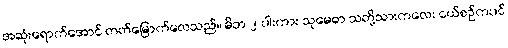
အဆုံးရောက်အောင် တတ်မြောက်လေသည်။ မိဘ ၂ ပါးကား သုမေဓာ သတို့သားကလေး ငယ်စဉ်ကပင်